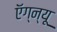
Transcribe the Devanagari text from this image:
ऍग्न्यू